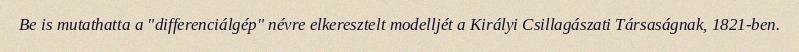
Be is mutathatta a "differenciálgép" névre elkeresztelt modelljét a Királyi Csillagászati Társaságnak, 1821-ben.